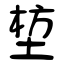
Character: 堏